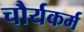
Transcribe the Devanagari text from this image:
चौर्यकर्म